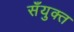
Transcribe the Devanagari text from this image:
सँयुक्त